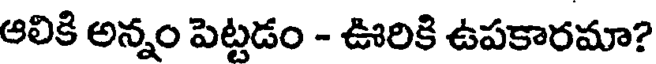
ఆలికి అన్నం పెట్టడం - ఊరికి ఉపకారమా?